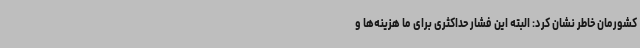
کشورمان خاطر نشان کرد: البته این فشار حداکثری برای ما هزینه‌ها و